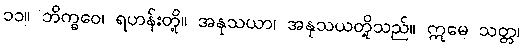
၁၁။ ဘိက္ခဝေ၊ ရဟန်းတို့။ အနုသယာ၊ အနုသယတို့သည်။ ဣမေ သတ္တ၊